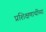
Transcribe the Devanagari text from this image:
प्रशिक्षणार्थीच्या